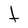
Character: t